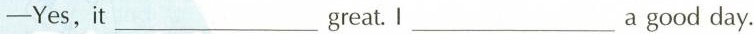
—Yes,it___great. Ⅰ___a good day.